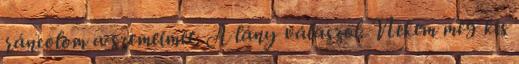
ráncolom a szemeimet. A lány válaszol. Nekem meg kis